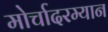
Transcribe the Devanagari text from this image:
मोर्चादरम्यान